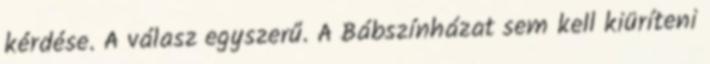
kérdése. A válasz egyszerű. A Bábszínházat sem kell kiüríteni